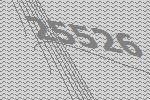
25526